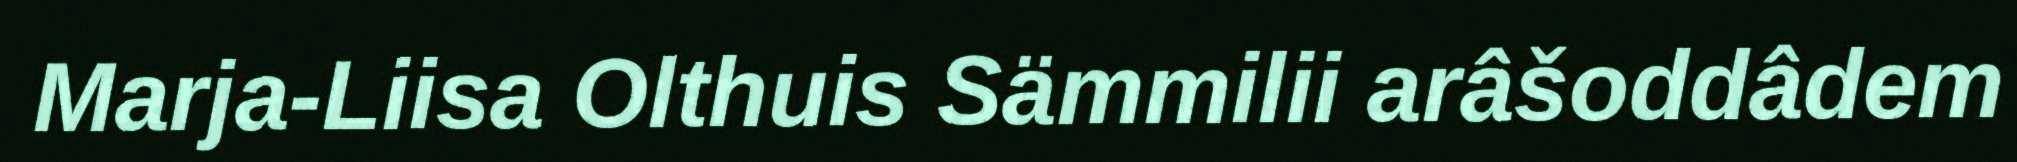
Marja-Liisa Olthuis Sämmilii arâšoddâdem